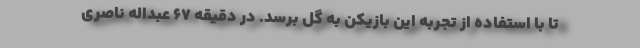
تا با استفاده از تجربه این بازیکن به گل برسد. در دقیقه ۶۷ عبداله ناصری